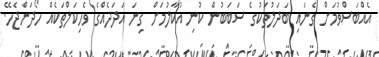
އެއްބަސްވުމަށް ގެނައި ބަދަލުތަކުގެ ސަބަބުން ކުނި އުކާލުމަށް ގިނަ އަދަދެއްގެ ވެހިކަލްތަކެއް ހޯދަންޖެހޭ.